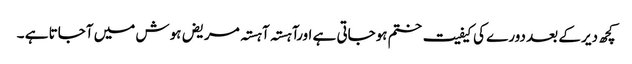
کچھ دیر کے بعد دورے کی کیفیت ختم ہوجاتی ہے اورآہستہ آہستہ مریض ہوش میں آجاتا ہے ۔